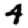
Digit: 4